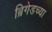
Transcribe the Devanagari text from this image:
ब्रिगेडच्या